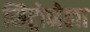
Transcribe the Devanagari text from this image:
सिट्रोनेला